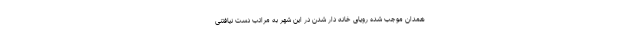
همدان موجب شده رویای خانه دار شدن در این شهر به مراتب دست نیافتنی